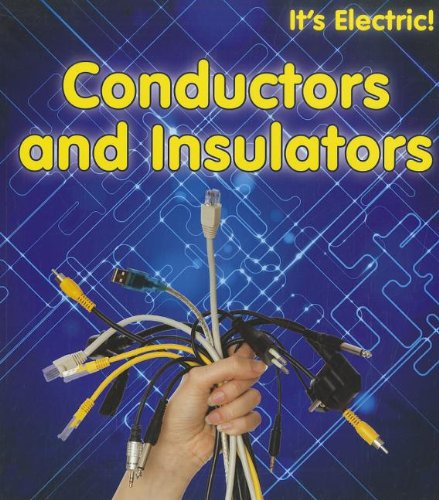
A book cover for Conductors and Insulators (It's Electric!); Chris Oxlade; Children's Books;